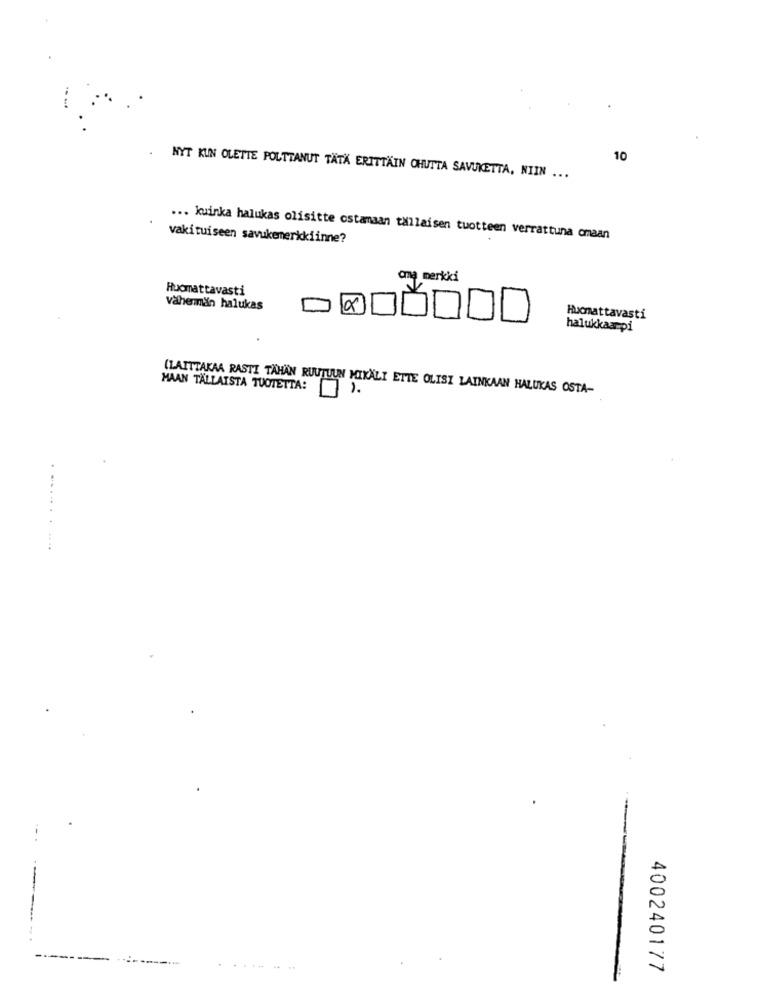
10
NYT KUN OLETTE POLTTANUT TÄTÄ ERITTÄIN OHUTTA SAVUKETTA, NIIN ...
... kuinka halukas olisitte ostamaan tallaisen tuotteen verrattuna omaan
vakituiseen savukemerkkiinne?
cną merkki
Huomattavasti
vähenmän halukas
Hucmattavasti
halukkaampi
MAAN TÄLLAISTA TUOTETTA:
(LAITTAKAA RASTI TAHAN RUUTUUN MIXALI ETTE OLISI LAINKAAN HALUKAS OSTA-
...... .
------
----- -
400240177